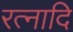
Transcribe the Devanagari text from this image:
रत्नादि